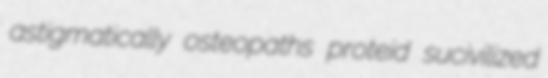
astigmatically osteopaths proteid sucivilized